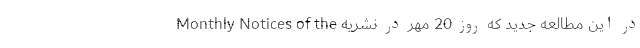
در این مطالعهٔ جدید که روز 20 مهر در نشریهٔ Monthly Notices of the